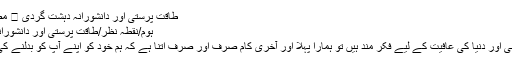
طاقت پرستی اور دانشورانہ دہشت گردی ⋆ مضامین ڈاٹ کام
ہوم/نقطہ نظر/طاقت پرستی اور دانشورانہ دہشت گردی
ہم اگر واقعی اپنی اور دنیا کی عافیت کے لیے فکر مند ہیں تو ہمارا پہلا اور آخری کام صرف اور صرف اتنا ہے کہ ہم خود کو اپنے آپ کو بدلنے کی کوشش کریں۔